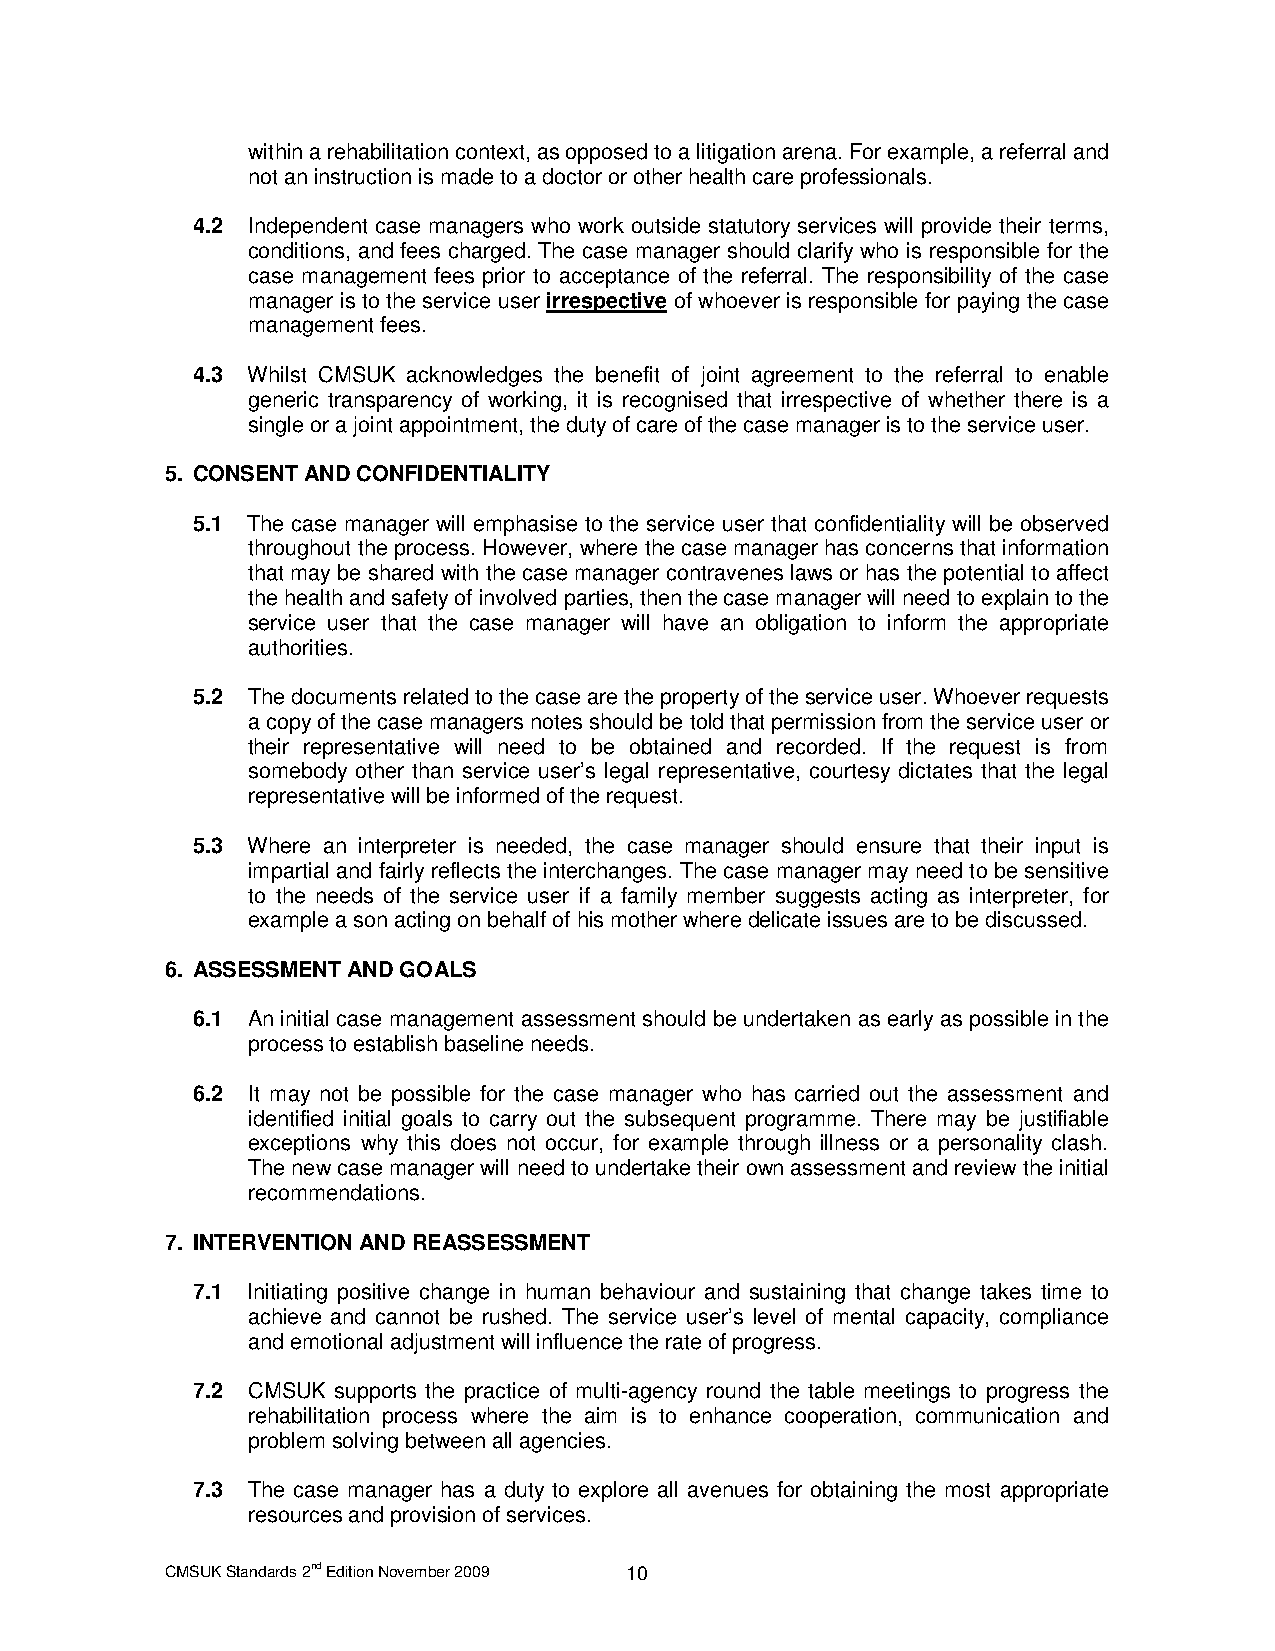
within a rehabilitation context, as opposed to a litigation arena. For example, a referral and
 not an instruction is made to a doctor or other health care professionals.
 4.2 Independent case managers who work outside statutory services will provide their terms,
 conditions, and fees charged. The case manager should clarify who is responsible for the
 case management fees prior to acceptance of the referral. The responsibility of the case
 manager is to the service user irrespective of whoever is responsible for paying the case
 management fees.
 4.3 Whilst CMSUK acknowledges the benefit of joint agreement to the referral to enable
 generic transparency of working, it is recognised that irrespective of whether there is a
 single or a joint appointment, the duty of care of the case manager is to the service user.
 5. CONSENT AND CONFIDENTIALITY
 5.1 The case manager will emphasise to the service user that confidentiality will be observed
 throughout the process. However, where the case manager has concerns that information
 that may be shared with the case manager contravenes laws or has the potential to affect
 the health and safety of involved parties, then the case manager will need to explain to the
 service user that the case manager will have an obligation to inform the appropriate
 authorities.
 5.2 The documents related to the case are the property of the service user. Whoever requests
 a copy of the case managers notes should be told that permission from the service user or
 their representative will need to be obtained and recorded. If the request is from
 somebody other than service user’s legal representative, courtesy dictates that the legal
 representative will be informed of the request.
 5.3 Where an interpreter is needed, the case manager should ensure that their input is
 impartial and fairly reflects the interchanges. The case manager may need to be sensitive
 to the needs of the service user if a family member suggests acting as interpreter, for
 example a son acting on behalf of his mother where delicate issues are to be discussed.
 6. ASSESSMENT AND GOALS
 6.1 An initial case management assessment should be undertaken as early as possible in the
 process to establish baseline needs.
 6.2 It may not be possible for the case manager who has carried out the assessment and
 identified initial goals to carry out the subsequent programme. There may be justifiable
 exceptions why this does not occur, for example through illness or a personality clash.
 The new case manager will need to undertake their own assessment and review the initial
 recommendations.
 7. INTERVENTION AND REASSESSMENT
 7.1 Initiating positive change in human behaviour and sustaining that change takes time to
 achieve and cannot be rushed. The service user’s level of mental capacity, compliance
 and emotional adjustment will influence the rate of progress.
 7.2 CMSUK supports the practice of multi-agency round the table meetings to progress the
 rehabilitation process where the aim is to enhance cooperation, communication and
 problem solving between all agencies.
 7.3 The case manager has a duty to explore all avenues for obtaining the most appropriate
 resources and provision of services.
 CMSUK Standards 2nd Edition November 2009 10